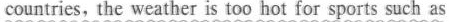
countries, the weather is too hot for sports such as